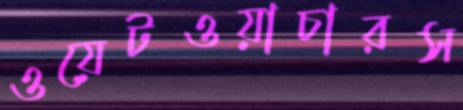
ওয়েটওয়াচারস